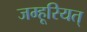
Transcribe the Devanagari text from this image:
जम्हूरियत्